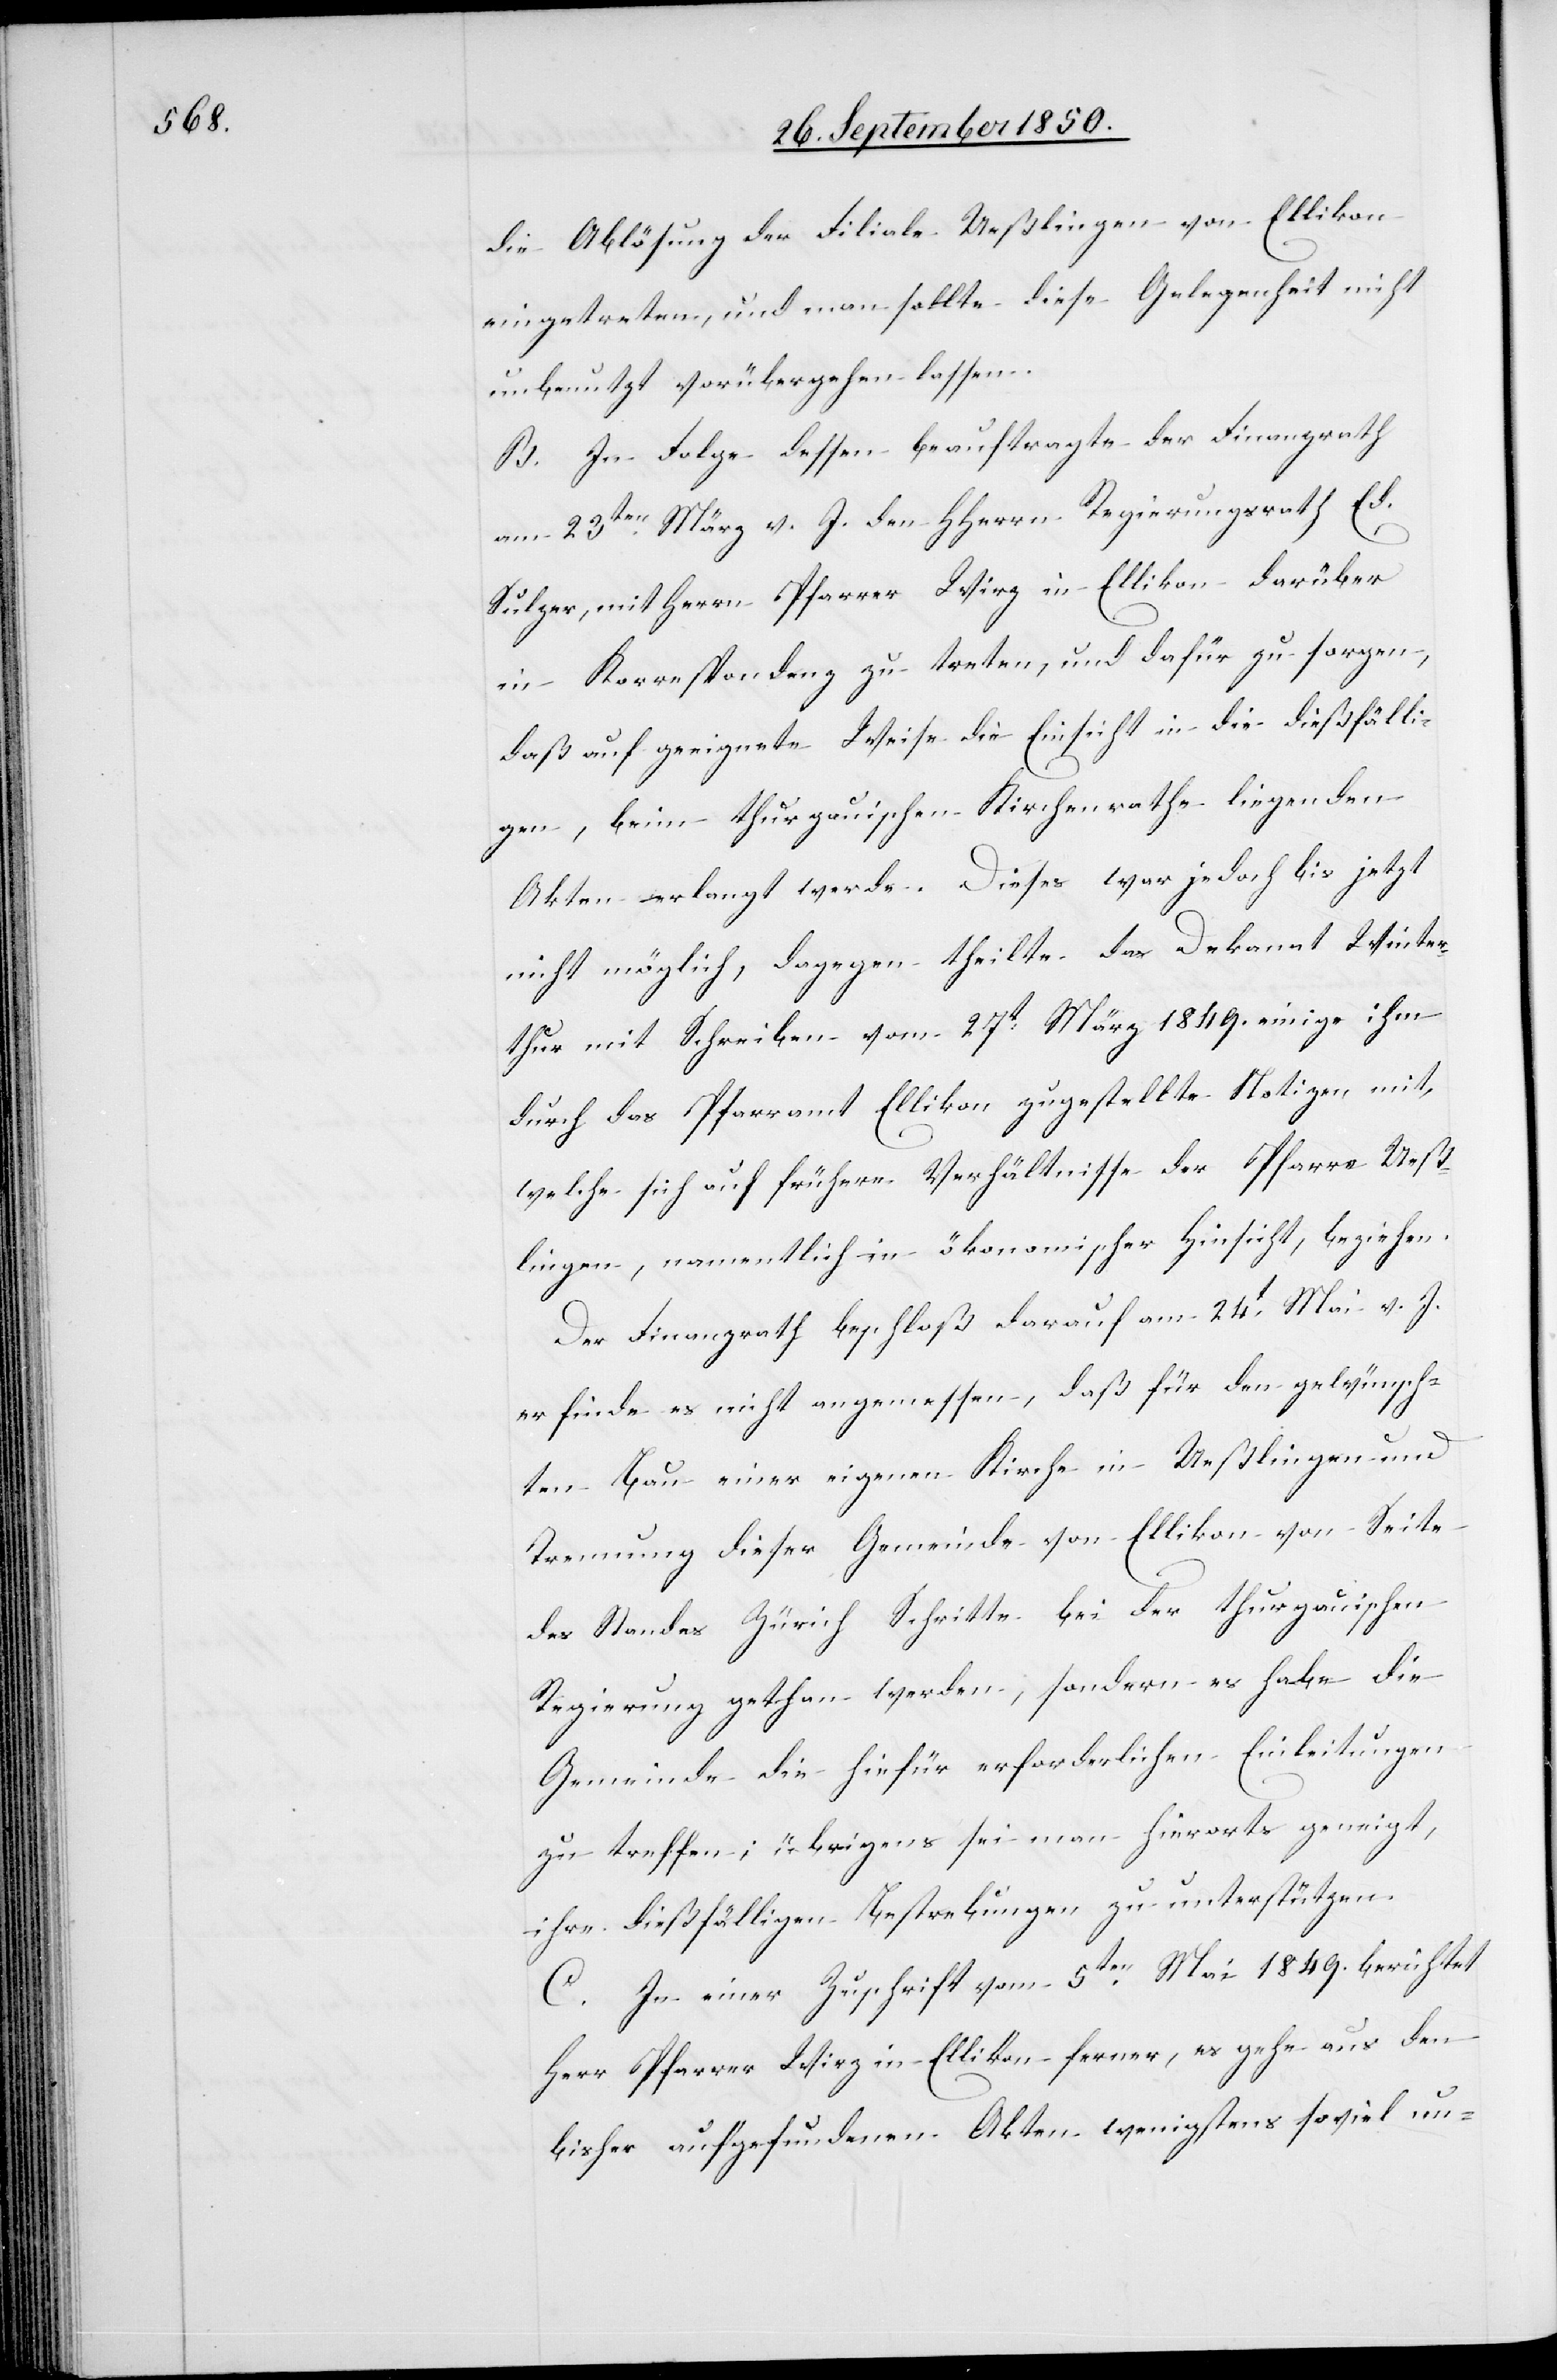
die Ablösung der Filiale Ueßlingen von Ellikon
eingetreten, und man sollte diese Gelegenheit nicht
unbenutzt vorübergehen lassen.
B. In Folge dessen beauftragte der Finanzrath
am 23ten März d. J. den HHerrn Regierungsrath Ed.
Sulzer, mit Herrn Pfarrer Wirz in Ellikon darüber
in Korrespondenz zu treten, und dafür zu sorgen,
daß auf geeignete Weise die Einsicht in die dießfälli¬
gen, beim thurgauischen Kirchenrathe liegenden
Akten erlangt werde. Dieses war jedoch bis jetzt
nicht möglich, dagegen theilte das Dekanat Winter¬
thur mit Schreiben vom 27t März 1849. einige ihm
durch das Pfarramt Ellikon zugestellte Notizen mit,
welche sich auf frühere Verhältnisse der Pfarre Ueß¬
lingen, namentlich in ökonomischer Hinsicht, beziehen.
Der Finanzrath beschloß darauf am 24t Mai v. J.
er finde es nicht angemessen, daß für den gewünsch¬
ten Bau einer eigenen Kirche in Ueßlingen und
Trennung dieser Gemeinde von Ellikon von Seite
des Standes Zürich Schritte bei der thurgauischen
Regierung gethan werden, sondern es habe die
Gemeinde die hiefür erforderlichen Einleitungen
zu treffen; übrigens sei man hierorts geneigt,
ihre dießfälligen Bestrebungen zu unterstützen.
C. In einer Zuschrift vom 5ten Mai 1849. berichtet
Herr Pfarrer Wirz in Ellikon ferner, es gehe aus den
bisher aufgefundenen Akten wenigstens soviel un-